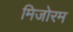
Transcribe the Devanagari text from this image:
मिजोरम